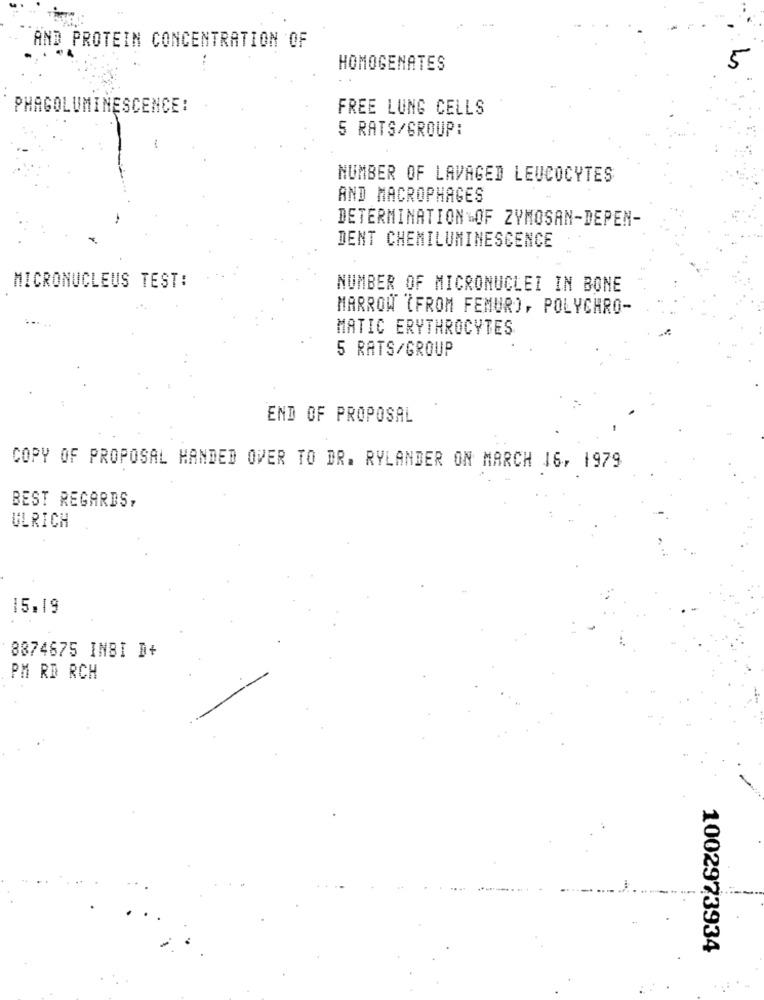
AND PROTEIN CONCENTRATION OF
HOMOGENATES
5
PHAGOLUMINESCENCE:
FREE LUNG CELLS
5 RATS/GROUP:
NUMBER OF LAVAGED LEUCOCYTES
AND MACROPHAGES
DETERMINATION OF ZYMOSAN-DEPEN-
DENT CHEMILUMINESCENCE
MICRONUCLEUS TEST:
NUMBER OF MICRONUCLEI IN BONE
MARROW (FROM FEMUR), POLYCHRO-
MATIC ERYTHROCYTES
5 RATS/GROUP
END OF PROPOSAL
COPY OF PROPOSAL HANDED OVER TO DR. RYLANDER ON MARCH 16, 1979
BEST REGARDS,
ULRICH
15.19
8874675 INBI D+
PM RD RCH
1002973934